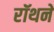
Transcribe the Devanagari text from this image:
रॉथने